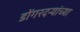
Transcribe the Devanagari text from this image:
डोंगरदऱ्यांच्या